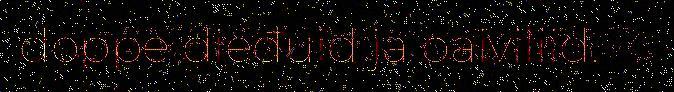
doppe dieđuid ja oaiviliid.